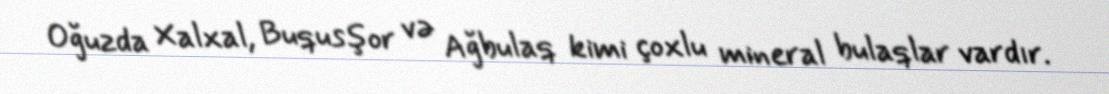
Oğuzda Xalxal, Buqusşor və Ağbulaq kimi çoxlu mineral bulaqlar vardır.